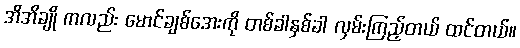
အိအိချို ကလည်း မောင်ချစ်အေးကို တစ်ခါနှစ်ခါ လှမ်းကြည့်တယ် ထင်တယ်။